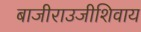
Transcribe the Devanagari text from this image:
बाजीराउजीशिवाय